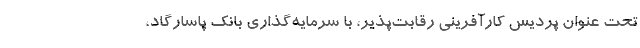
تحت عنوان پردیس كارآفرینی رقابت‌پذیر، با سرمایه‌گذاری بانك پاسارگاد،